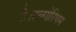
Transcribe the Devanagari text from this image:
है।एल्गोरिथम